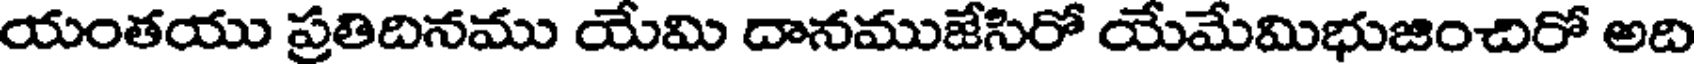
యంతయు ప్రతిదినము యేమి దానముజేసిరో యేమేమిభుజించిరో అది